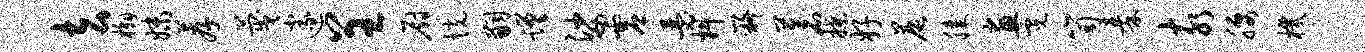
去槲妹荐蔑邃呈厨恍嗣蹉娑虚瑟料嶷苍揲好晨膝画霓笥秦亥腰机